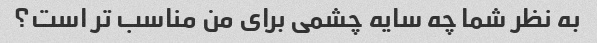
به نظر شما چه سایه چشمی برای من مناسب تر است؟